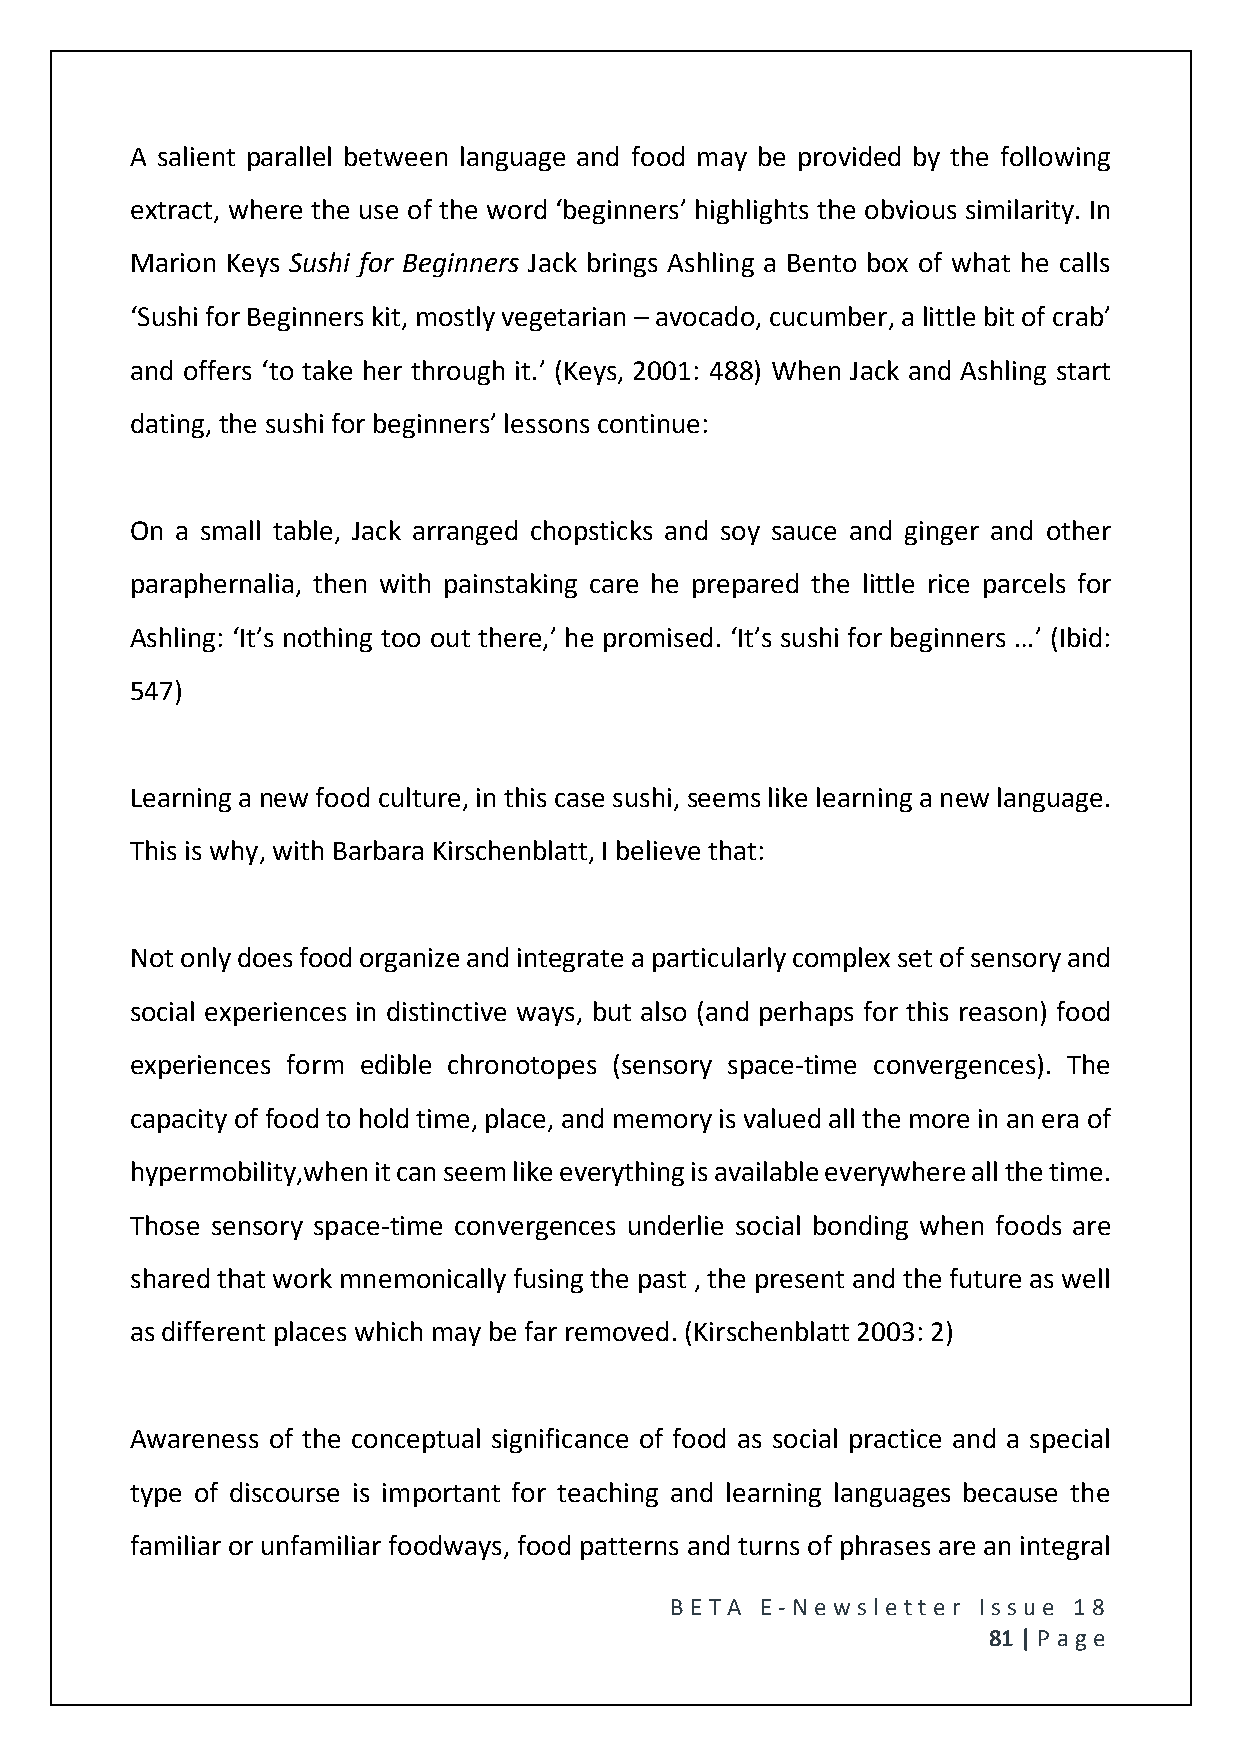
A salient parallel between language and food may be provided by the following
 extract, where the use of the word ‘beginners’ highlights the obvious similarity. In
 Marion Keys Sushi for Beginners Jack brings Ashling a Bento box of what he calls
 ‘Sushi for Beginners kit, mostly vegetarian – avocado, cucumber, a little bit of crab’
 and offers ‘to take her through it.’ (Keys, 2001: 488) When Jack and Ashling start
 dating, the sushi for beginners’ lessons continue:
 On a small table, Jack arranged chopsticks and soy sauce and ginger and other
 paraphernalia, then with painstaking care he prepared the little rice parcels for
 Ashling: ‘It’s nothing too out there,’ he promised. ‘It’s sushi for beginners …’ (Ibid:
 547)
 Learning a new food culture, in this case sushi, seems like learning a new language.
 This is why, with Barbara Kirschenblatt, I believe that:
 Not only does food organize and integrate a particularly complex set of sensory and
 social experiences in distinctive ways, but also (and perhaps for this reason) food
 experiences form edible chronotopes (sensory space-time convergences). The
 capacity of food to hold time, place, and memory is valued all the more in an era of
 hypermobility,when it can seem like everything is available everywhere all the time.
 Those sensory space-time convergences underlie social bonding when foods are
 shared that work mnemonically fusing the past , the present and the future as well
 as different places which may be far removed. (Kirschenblatt 2003: 2)
 Awareness of the conceptual significance of food as social practice and a special
 type of discourse is important for teaching and learning languages because the
 familiar or unfamiliar foodways, food patterns and turns of phrases are an integral
 BE T A E -N e wsle tt e r Issue 18
 81 | P age